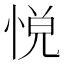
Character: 𢛹